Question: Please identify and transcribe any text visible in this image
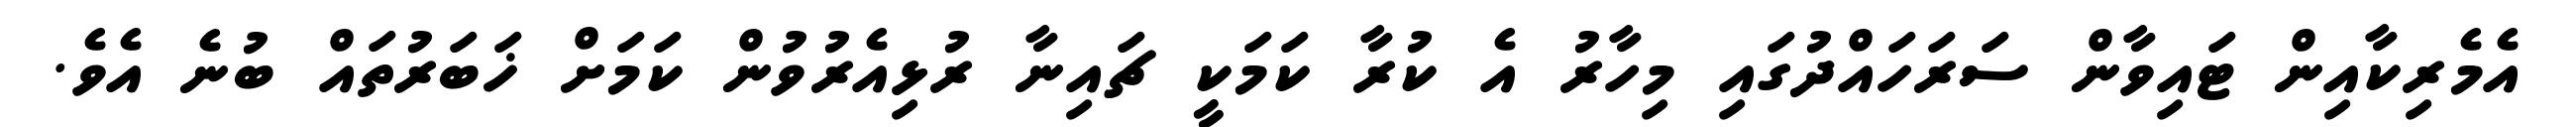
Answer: އެމެރިކާއިން ޓައިވާން ސަރަހައްދުގައި މިހާރު އެ ކުރާ ކަމަކީ ޗައިނާ ރުޅިއެރުވުން ކަމަށް ޚަބަރުތައް ބުނެ އެވެ.